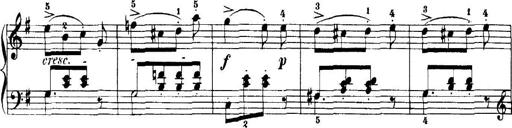
Title: 7 Sonatinas
Composer: Anton Diabelli